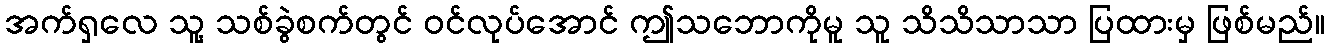
အက်ရှလေ သူ့ သစ်ခွဲစက်တွင် ဝင်လုပ်အောင် ဤသဘောကိုမူ သူ သိသိသာသာ ပြထားမှ ဖြစ်မည်။